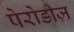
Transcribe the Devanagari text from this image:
पेरोडीज़